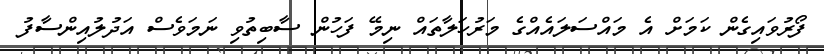
ފޯރުވައިގެން ކަމަށް އެ މައްސަލައެއްގެ މަރުހަލާތައް ނިމޭ ފަހުން ސާބިތުވި ނަމަވެސް އަދުލުއިންސާފު